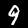
Digit: 9